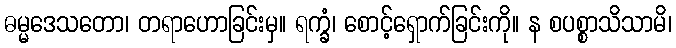
ဓမ္မဒေသတော၊ တရာဟောခြင်းမှ။ ရက္ခံ၊ စောင့်ရှောက်ခြင်းကို။ န စပစ္စာသိသာမိ၊